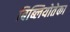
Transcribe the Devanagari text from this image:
बिब्लियोतेका